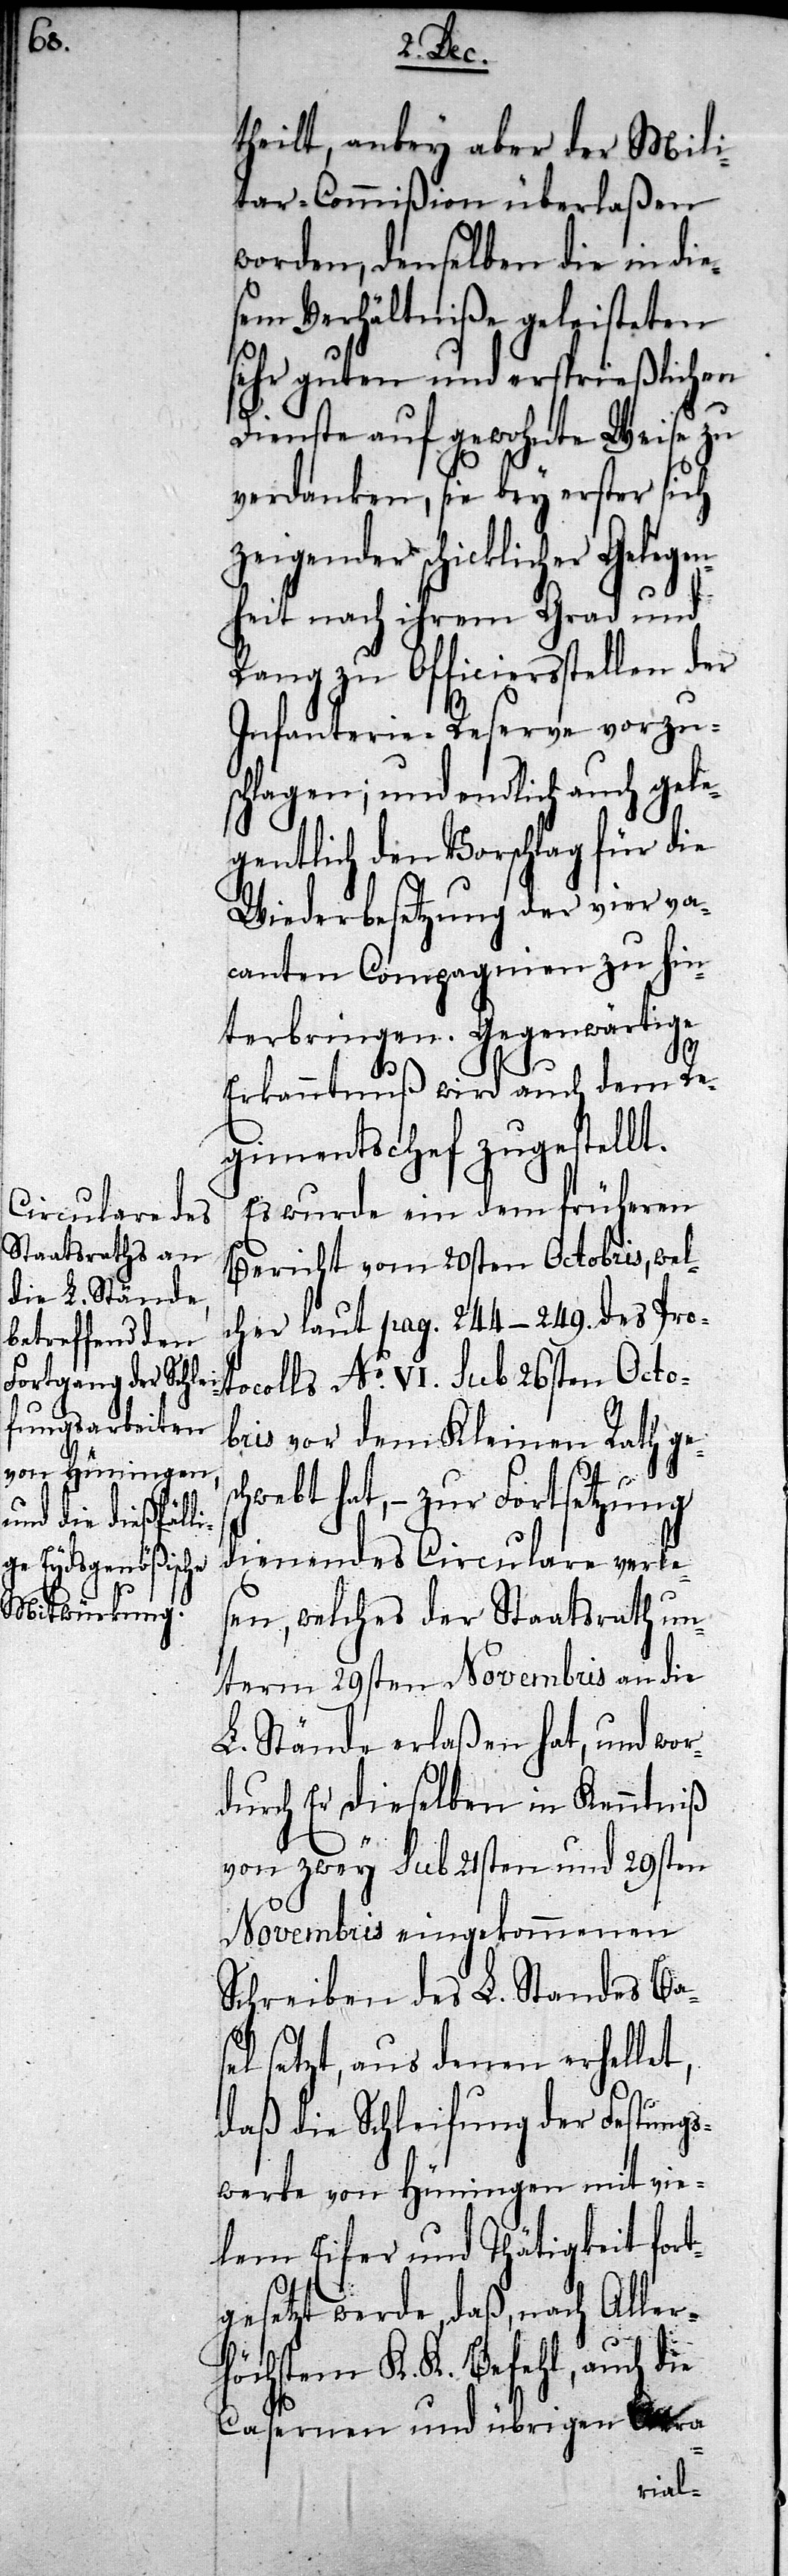
theilt, anbey aber der Mili¬
tar-Commißion überlaßen
worden, denselben die in die¬
sem Verhältniße geleisteten
sehr guten und ersprießlichen
Dienste auf gewohnte Weise zu
verdanken, sie bey erster sich
zeigender schicklicher Geleg¬
enheit nach ihrem Grad und
Rang zu Officiersstellen der
Infanterie-Reserve vorzus¬
chlagen; und endlich auch gele¬
gentlich den Vorschlag für die
Wiederbesetzung der vier va¬
canten Compagnien zu hin¬
terbringen. Gegenwärtige
Erkanntnuß wird auch dem Re¬
gimentschef zugestellt.
Es wurde ein dem früheren
Bericht vom 20sten Octobris, wel¬
cher laut pag. 244–249. des Pro¬
tocolls No. VI. sub 26sten Octo¬
bris vor dem Kleinen Rath ges¬
chwebt hat, – zur Fortsetzung
dienendes Circulare verle¬
sen, welches der Staatsrath un¬
term 29sten Novembris an die
L. Stände erlaßen hat, und wor¬
durch Er dieselben in Kenntniß
von zwey sub 21sten und 29sten
Novembris eingekommenen
Schreiben des L. Standes Bas¬
el setzt, aus denen erhellet,
daß die Schleifung der Festungs¬
werke von Hüningen mit vie¬
lem Eifer und Thätigkeit fort¬
gesetzt werde, daß, nach Aller¬
höchstem K. K. Befehl, auch die
Casernen und übrigen Aera-